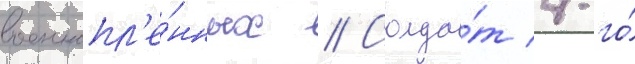
военнопл'е́нных // Солда́т 4-го́